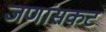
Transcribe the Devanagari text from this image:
जणांसकट